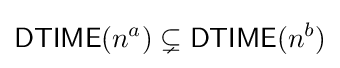
{\mathsf {DTIME}}(n^{a})\subsetneq {\mathsf {DTIME}}(n^{b})